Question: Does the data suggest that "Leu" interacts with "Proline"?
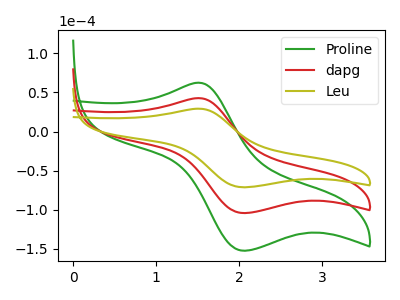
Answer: <think>The green curve "Proline" has an anodic peak at (1.50V, 85.40uA) and a cathodic peak at (2.05V, -208.70uA). The red curve "dapg" has an anodic peak at (1.50V, 42.70uA) and a cathodic peak at (2.05V, -104.35uA). The olive curve "Leu" has an anodic peak at (1.50V, 29.20uA) and a cathodic peak at (2.05V, -71.40uA).
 All the peaks in "Leu" have a peak in "Proline" at the same potential. Every peak in "Leu" is lower than every peak in "Proline".</think>
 <answer>No, "Leu" and "Proline" don't appear to be significantly different in shape</answer>
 <eval>no_change</eval>